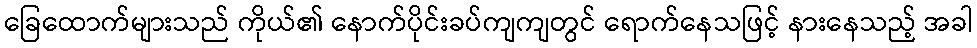
ခြေထောက်များသည် ကိုယ်၏ နောက်ပိုင်းခပ်ကျကျတွင် ရောက်နေသဖြင့် နားနေသည့် အခါ